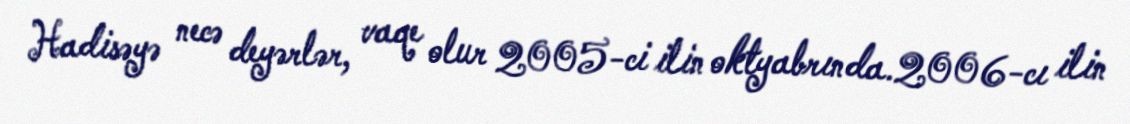
Hadisəyə necə deyərlər, vaqe olur 2005-ci ilin oktyabrında.2006-cı ilin